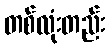
တစ်လုံးတည်း